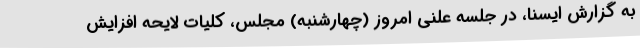
به گزارش ایسنا، در جلسه علنی امروز (چهارشنبه) مجلس، کلیات لایحه افزایش